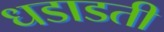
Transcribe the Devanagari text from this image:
धडाडती